Scottish Leaving Certificate Examination, 1961
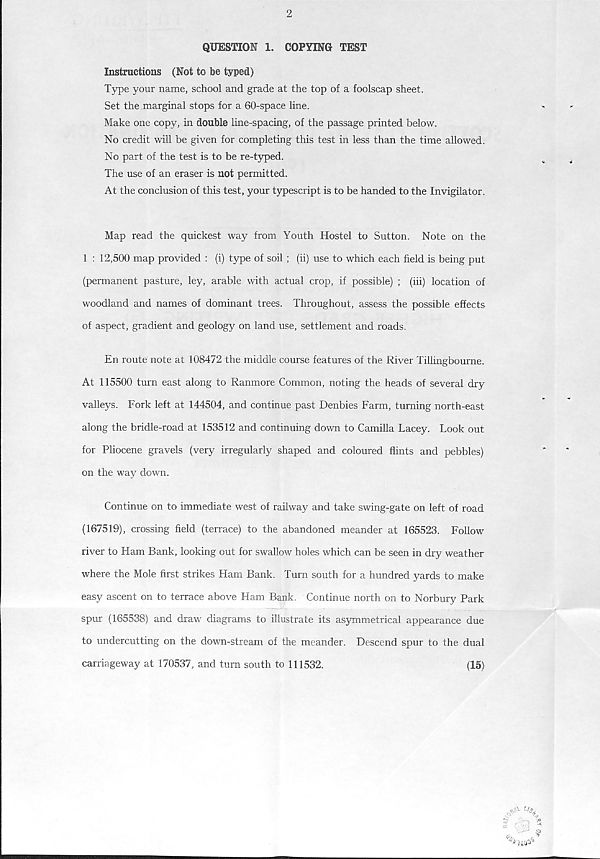
2
QUESTION 1. COPYING TEST
Instructions (Not to be typed)
Type your name, school and grade at the top of a foolscap sheet.
Set the marginal stops for a 60-space line.
Make one copy, in double line-spacing, of the passage printed below.
No credit will be given for completing this test in less than the time allowed.
No part of the test is to be re-typed.
The use of an eraser is not permitted.
At the conclusion of this test, your typescript is to be handed to the Invigilator.
Map read the quickest way from Youth Hostel to Sutton. Note on the
1 : 12,500 map provided : (i) type of soil ; (ii) use to which each field is being put
(permanent pasture, ley, arable with actual crop, if possible) ; (iii) location of
woodland and names of dominant trees. Throughout, assess the possible effects
of aspect, gradient and geology on land use, settlement and roads.
En route note at 108472 the middle course features of the River Tillingbourne.
At 115500 turn east along to Ranmore Common, noting the heads of several dry
valleys. Fork left at 144504, and continue past Denbies Farm, turning north-east
along the bridle-road at 153512 and continuing down to Camilla Lacey. Look out
for Pliocene gravels (very irregularly shaped and coloured flints and pebbles)
on the way down.
Continue on to immediate west of railway and take swing-gate on left of road
(167519), crossing field (terrace) to the abandoned meander at 165523. Follow
river to Ham Bank, looking out for swallow holes which can be seen in dry weather
where the Mole first strikes Ham Bank. Turn south for a hundred yards to make
easy ascent on to terrace above Ham Bank. Continue north on to Norbury Park
spur (165538) and draw diagrams to illustrate its asymmetrical appearance due
to undercutting on the down-stream of the meander. Descend spur to the dual
carriageway at 170537, and turn south to 111532.
(15)